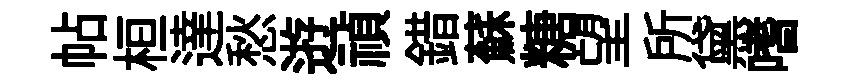
帖桓達愁逰禎錯蘇糖望所黛嗜